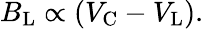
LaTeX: B_{\mathrm{L}}\propto(V_{\mathrm{C}}-V_{\mathrm{L}}).